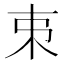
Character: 𠀟